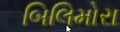
બિલિમોરા